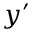
y ^ { \prime }